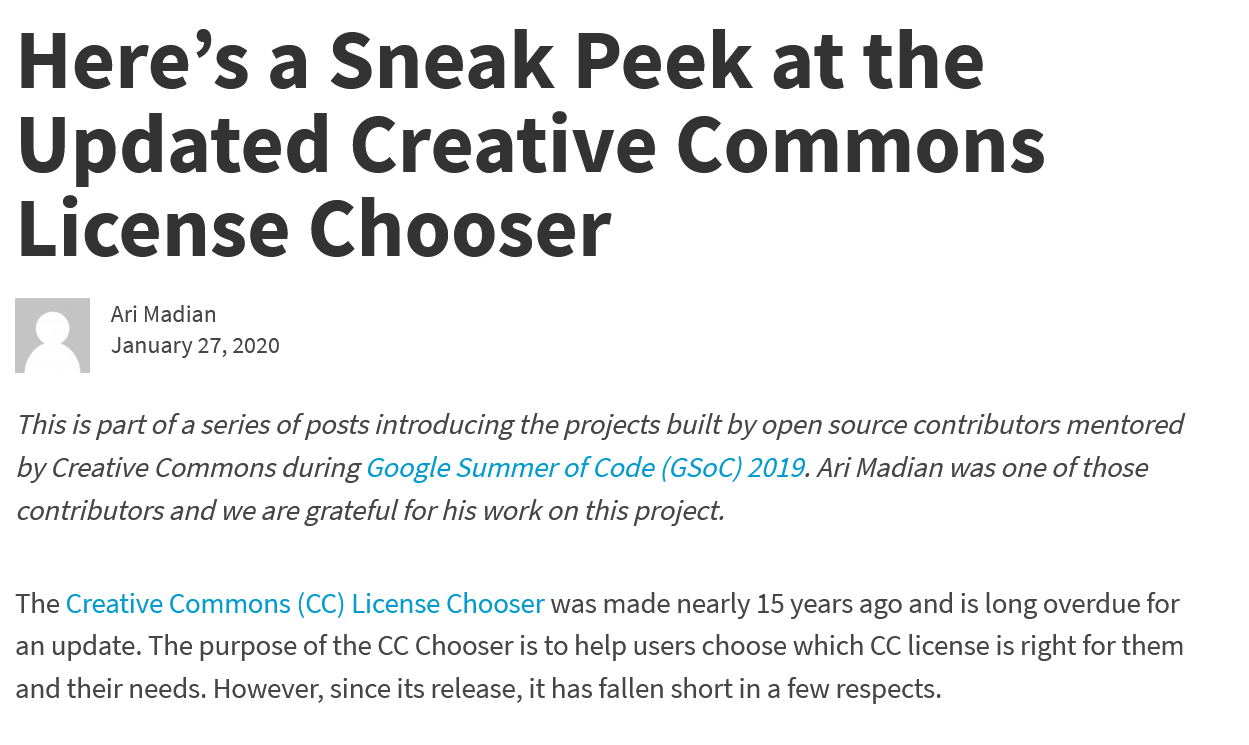
Here’s    a    Sneak    Peek    at    the
  Updated    Creative    Commons
  License    Chooser
     Ari Madian
     January 27, 2020
  This is part of a series of posts introducing the projects built by open source contributors mentored
  by Creative Commons during Google Summer of Code (GSoC) 2019. Ari Madian was one of those
  contributors and we are grateful for his work on this project.
  The Creative Commons (CC) License Chooser was made nearly 15 years ago and is long overdue for
  an update. The purpose of the CC Chooser is to help users choose which CC license is right for them
  and their needs. However, since its release, it has fallen short in a few respects.